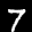
Label: 7